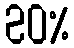
20%